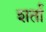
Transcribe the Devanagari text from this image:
शर्तां